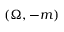
\left( \Omega , - m \right)